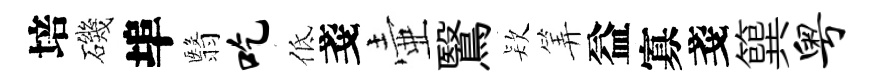
培磯埠翳吃低戔壷鷖𣣇筭益寡戔簨粤